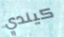
كيندي